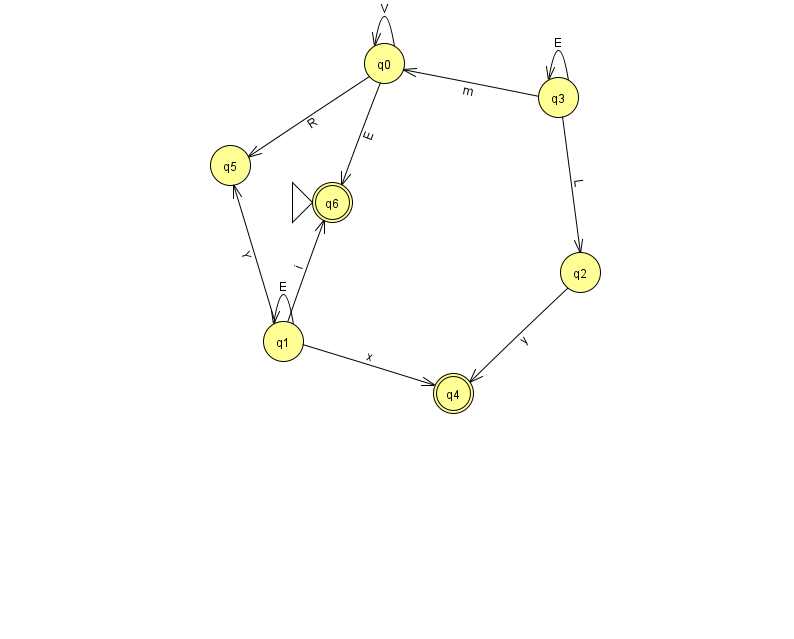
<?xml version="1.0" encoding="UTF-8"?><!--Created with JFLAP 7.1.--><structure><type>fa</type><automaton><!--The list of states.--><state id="0" name="q0"><x>384.0</x><y>50.0</y></state><state id="1" name="q1"><x>283.0</x><y>328.0</y></state><state id="2" name="q2"><x>580.0</x><y>259.0</y></state><state id="3" name="q3"><x>558.0</x><y>84.0</y></state><state id="4" name="q4"><x>453.0</x><y>380.0</y><final/></state><state id="5" name="q5"><x>230.0</x><y>152.0</y></state><state id="6" name="q6"><x>332.0</x><y>189.0</y><initial/><final/></state><!--The list of transitions.--><transition><from>2</from><to>4</to><read>y</read></transition><transition><from>3</from><to>2</to><read>L</read></transition><transition><from>3</from><to>0</to><read>m</read></transition><transition><from>1</from><to>1</to><read>E</read></transition><transition><from>3</from><to>3</to><read>E</read></transition><transition><from>0</from><to>0</to><read>V</read></transition><transition><from>0</from><to>5</to><read>R</read></transition><transition><from>1</from><to>4</to><read>x</read></transition><transition><from>1</from><to>6</to><read>i</read></transition><transition><from>1</from><to>5</to><read>Y</read></transition><transition><from>0</from><to>6</to><read>E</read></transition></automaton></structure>